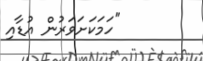
"ހަމަކަށަވަރުން އުޑާއި